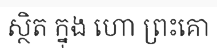
ស្ថិត ក្នុង ហោ ព្រះគោ